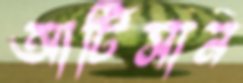
আর্টিসান